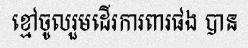
ខ្មៅចូលរួមដើរការពារផង បាន